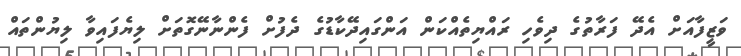
ވަޒީފާއަށް އެދޭ ފަރާތުގެ ދިވެހި ރައްޔިތެއްކަން އަންގައިދޭކާޑުގެ ދެފުށް ފެންނާނޭގޮތަށް ލިޔެފައިވާ ލިޔުންތައް